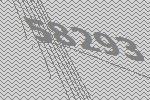
58293